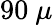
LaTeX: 90~\mu